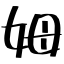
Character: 姆